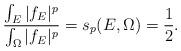
LaTeX: \begin{align*}\frac{\int_E|f_E|^p}{\int_\Omega|f_E|^p}=s_p(E,\Omega)=\frac{1}{2}.\end{align*}